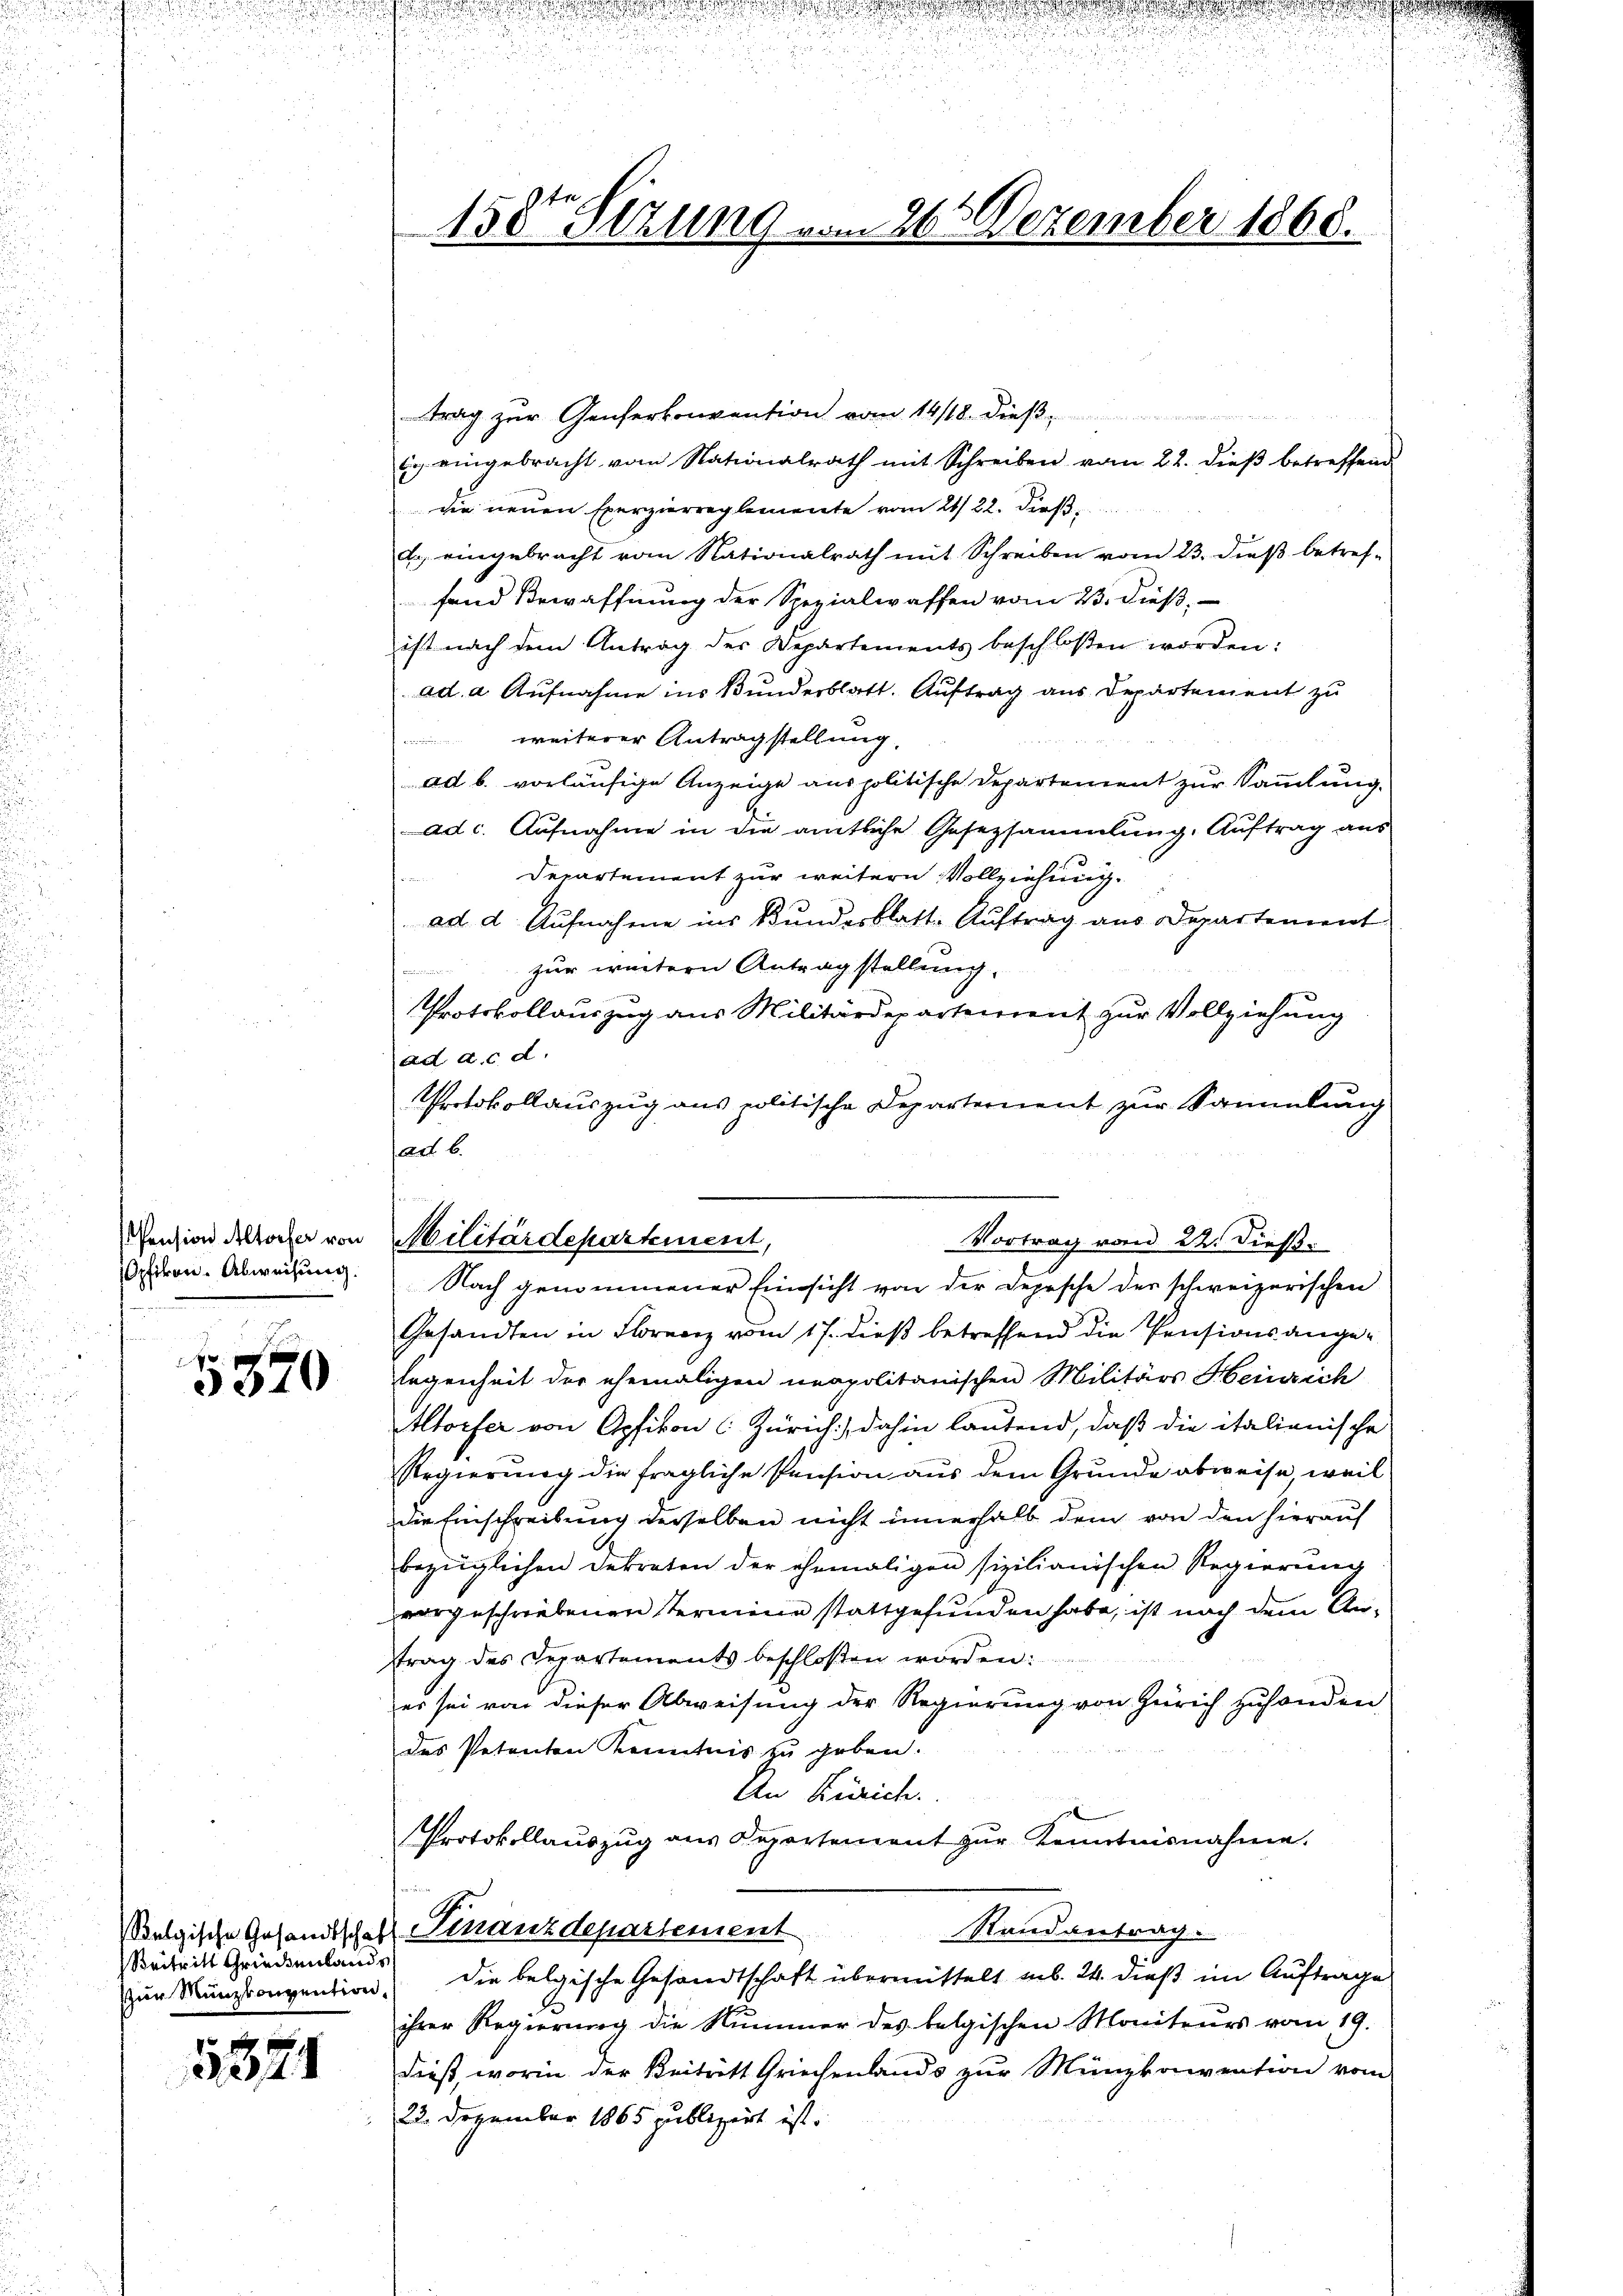
Opfikon. Abweisung.

5570

Beitritt Griedenlands

1874

158ten Sizung vom 26. Dezember 1868.

Pension doch von Militärdepartement
Vortrag vom 22. dieß.
Nach genommener Einsicht von der Depesche der schweizerischen

trag zur Genferkonvention vom 14/18. dieß
Er eingebracht vom Nationalrath mit Schreiben vom 22. dieß betreffend
die neuen Exerzierreglemente vom 21/22. dieß,
d. eingebracht vom Nationalrath mit Schreiben vom 23. dieβ betref-
fand Bewaffnung der Spezialwaffen vom 23. dieß,
ist nach dem Antrag des Departements beschloßen worden:
ad a. Aufnahme ins Bunderblatt. Auftrag aus Departement zu
weiterer Antragstellung,
ad b. vorläufige Anzeige aus politische Departement zur Sammlung.
ad c. Aufnahme in die amtliche Gesetzsammlung. Auftrag aus
Departement zur weitern Vollziehung.
ad d. Aufnahme ins Bundesblatt-Auftrag aus Departement
 zur weitern Antragstellung.
Protokollauszug aus Militärdepartement zur Vollziehung
ad a. c. d.
Protokollauszug aus politische Departernent zur Sammlung
ad b.
Gesandten in Florenz vom 17. dieß betreffend die Pensionsangelegenheit der ehemaligen neapolitanischen Militärs Heinrich
Altorfer von Opfikon (Zürich) dahin lautend, daß die italienische
Regierung die fragliche Pension aus dem Grunde abweise weil
die Einschreibung derselben nicht innerhalb dem von den hierauf
bezüglichen Dekreten der ehemaligen sizilianischen Regierung
vorgeschriebenen Termine stattgefunden habe, ist nach dem Antrag des Departements beschloßen worden:
er sei von dieser Abweisung der Regierung von Zürich zuhanden
des Petenten Kenntnis zu geben.
An Zürich.
Protokollauszug aus Departement zŭr Kenntnisnahme.
Randantrag.
elgische Gesandtschaft Finanzdepartement
Zum Münzkonvention, die belgische Gesandtschaft übermittelt uns. 24. dieß im Auftrage
ihrer Regierung die Nummer des belgischen Moniteurs vom 19.
dieß, worin der Beitritt Griechenlands zur Münzkoriention vom
23. Dezember 1865 publiziert ist.